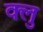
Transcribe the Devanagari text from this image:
क्लु